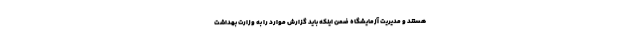
هستند و مدیریت آزمایشگاه ضمن اینکه باید گزارش موارد را به وزارت بهداشت